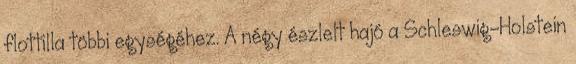
flottilla többi egységéhez. A négy észlelt hajó a Schleswig-Holstein